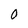
Character: 0